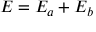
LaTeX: E = E _ { a } + E _ { b }